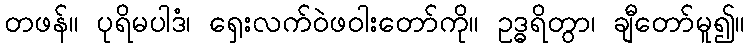
တဖန်။ ပုရိမပါဒံ၊ ရှေးလက်ဝဲဖဝါးတော်ကို။ ဥဒ္ဓရိတွာ၊ ချီတော်မူ၍။